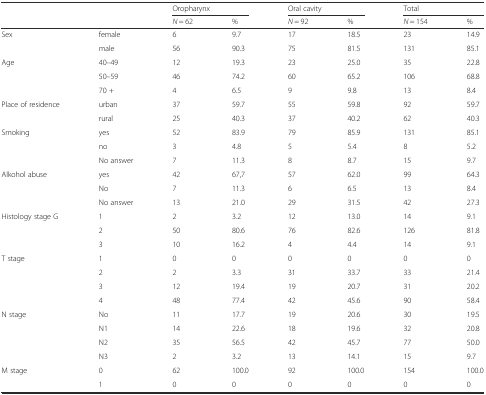
<table><thead><tr><td></td><td></td><td colspan="2"><b>Oropharynx</b></td><td colspan="2"><b>Oral cavity</b></td><td colspan="2"><b>Total</b></td></tr><tr><td></td><td></td><td><b><i>N</i> = 62</b></td><td><b>%</b></td><td><b><i>N</i> = 92</b></td><td><b>%</b></td><td><b><i>N</i> = 154</b></td><td><b>%</b></td></tr></thead><tbody><tr><td rowspan="2">Sex</td><td>female</td><td>6</td><td>9.7</td><td>17</td><td>18.5</td><td>23</td><td>14.9</td></tr><tr><td>male</td><td>56</td><td>90.3</td><td>75</td><td>81.5</td><td>131</td><td>85.1</td></tr><tr><td rowspan="3">Age</td><td>40–49</td><td>12</td><td>19.3</td><td>23</td><td>25.0</td><td>35</td><td>22.8</td></tr><tr><td>50–59</td><td>46</td><td>74.2</td><td>60</td><td>65.2</td><td>106</td><td>68.8</td></tr><tr><td>70 +</td><td>4</td><td>6.5</td><td>9</td><td>9.8</td><td>13</td><td>8.4</td></tr><tr><td rowspan="2">Place of residence</td><td>urban</td><td>37</td><td>59.7</td><td>55</td><td>59.8</td><td>92</td><td>59.7</td></tr><tr><td>rural</td><td>25</td><td>40.3</td><td>37</td><td>40.2</td><td>62</td><td>40.3</td></tr><tr><td rowspan="3">Smoking</td><td>yes</td><td>52</td><td>83.9</td><td>79</td><td>85.9</td><td>131</td><td>85.1</td></tr><tr><td>no</td><td>3</td><td>4.8</td><td>5</td><td>5.4</td><td>8</td><td>5.2</td></tr><tr><td>No answer</td><td>7</td><td>11.3</td><td>8</td><td>8.7</td><td>15</td><td>9.7</td></tr><tr><td rowspan="3">Alkohol abuse</td><td>yes</td><td>42</td><td>67,7</td><td>57</td><td>62.0</td><td>99</td><td>64.3</td></tr><tr><td>No</td><td>7</td><td>11.3</td><td>6</td><td>6.5</td><td>13</td><td>8.4</td></tr><tr><td>No answer</td><td>13</td><td>21.0</td><td>29</td><td>31.5</td><td>42</td><td>27.3</td></tr><tr><td rowspan="3">Histology stage G</td><td>1</td><td>2</td><td>3.2</td><td>12</td><td>13.0</td><td>14</td><td>9.1</td></tr><tr><td>2</td><td>50</td><td>80.6</td><td>76</td><td>82.6</td><td>126</td><td>81.8</td></tr><tr><td>3</td><td>10</td><td>16.2</td><td>4</td><td>4.4</td><td>14</td><td>9.1</td></tr><tr><td rowspan="4">T stage</td><td>1</td><td>0</td><td>0</td><td>0</td><td>0</td><td>0</td><td>0</td></tr><tr><td>2</td><td>2</td><td>3.3</td><td>31</td><td>33.7</td><td>33</td><td>21.4</td></tr><tr><td>3</td><td>12</td><td>19.4</td><td>19</td><td>20.7</td><td>31</td><td>20.2</td></tr><tr><td>4</td><td>48</td><td>77.4</td><td>42</td><td>45.6</td><td>90</td><td>58.4</td></tr><tr><td rowspan="4">N stage</td><td>No</td><td>11</td><td>17.7</td><td>19</td><td>20.6</td><td>30</td><td>19.5</td></tr><tr><td>N1</td><td>14</td><td>22.6</td><td>18</td><td>19.6</td><td>32</td><td>20.8</td></tr><tr><td>N2</td><td>35</td><td>56.5</td><td>42</td><td>45.7</td><td>77</td><td>50.0</td></tr><tr><td>N3</td><td>2</td><td>3.2</td><td>13</td><td>14.1</td><td>15</td><td>9.7</td></tr><tr><td rowspan="2">M stage</td><td>0</td><td>62</td><td>100.0</td><td>92</td><td>100.0</td><td>154</td><td>100.0</td></tr><tr><td>1</td><td>0</td><td>0</td><td>0</td><td>0</td><td>0</td><td>0</td></tr></tbody></table>